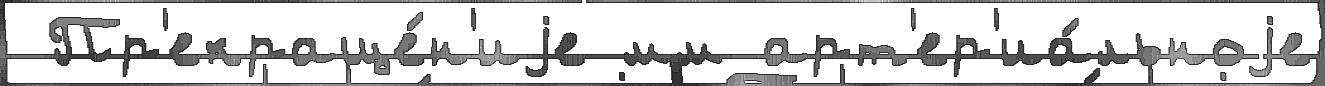
 Пр'екраще́н'иjе мм арт'ер'иа́льноjе